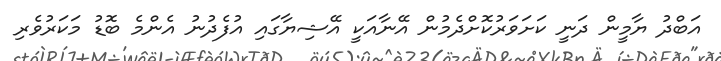
އަބްދު ޔާމީން ދަނީ ކަށަވަރުކޮށްދެމުން އޭނާއަކީ އޭޝިޔާގައި އުފެދުނު އެންމެ ބޮޑު މަކަރުވެރި